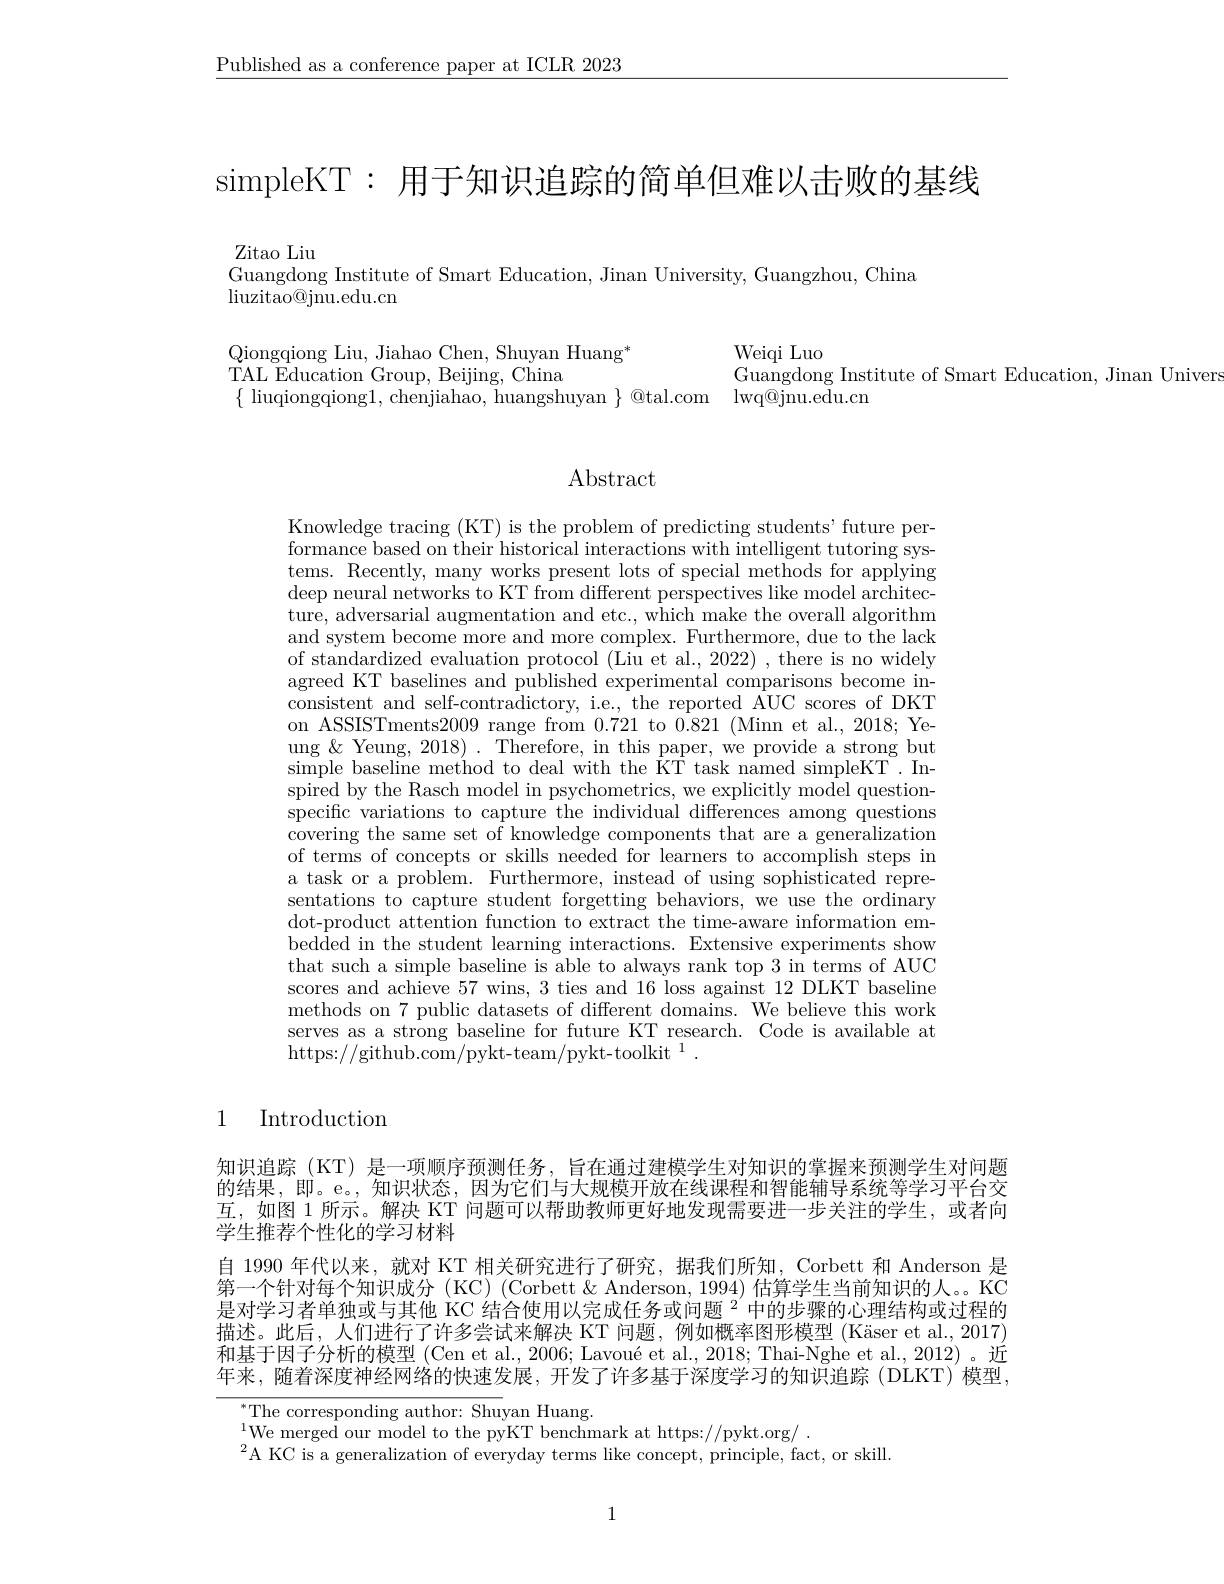
$\underline{\text{Published as a conference paper at ICLR 2023}}$

simpleKT: 用于知识追踪的简单但难以击败的基线

Zitao Liu
Guangdong Institute of Smart Education, Jinan University, Guangzhou, China
liuzitao@ jnu. edu. cn

Qiongqiong Liu, Jiahao Chen, Shuyan Huang*
Weiqi Luo
TALEducation Group, Beijing, China
Guangdong Institute of Smart Education, Jinan Univera
$\{$ liuqiongqiong1, chenjiahao, huangshuyan $\}$ @tal.com lwq@jnu.edu.cn

Abstract

Knowledge tracing (KT) is the problem of predicting students' future performance based on their historical interactions with intelligent tutoring systems. Recently, many works present lots of special methods for applying deep neural networks to KT from different perspectives like model architecture, adversarial augmentation and etc., which make the overall algorithm and system become more and more complex. Furthermore, due to the lack of standardized evaluation protocol (Liu et al., 2022) , there is no widely agreed KT baselines and published experimental comparisons become inconsistent and self-contradictory, i.e., the reported AUC scores of DKT on ASSISTments2009 range from 0.721 to 0.821 (Minn et al., 2018; Yeung $\&$ Yeung, 2018). Therefore, in this paper, we provide a strong but simple baseline method to deal with the KT task named simpleKT . In- $\bar{\text{spired by the Rasch model in psychometrics, we explicitly model question-}}$ specific variations to capture the individual differences among questions covering the same set of knowledge components that are a generalization of terms of concepts or skills needed for learners to accomplish steps in a task or a problem. Furthermore, instead of using sophisticated representations to capture student forgetting behaviors, we use the ordinary dot-product attention function to extract the time-aware information embedded in the student learning interactions. Extensive experiments show that such a simple baseline is able to always rank top 3 in terms of AUC scores and achieve 57 wins, 3 ties and 16 loss against 12 DLKT baseline methods on 7 public datasets of different domains. We believe this work serves as a strong baseline for future KT research. Code is available at https://github.com/pykt-team/pykt-toolkit$^1.$

1 Introduction

知识追踪 (KT) 是一项顺序预测任务，旨在通过建模学生对知识的掌握来预测学生对问题的结果，即。e。, 知识状态，因为它们与大规模开放在线课程和智能辅导系统等学习平台交互，如图 1 所示。解决 KT 问题可以帮助教师更好地发现需要进一步关注的学生，或者向学生推荐个性化的学习材料
自 1990 年代以来，就对 KT 相关研究进行了研究，据我们所知，Corbett 和 Anderson 是第一个针对每个知识成分(KC)(Corbett & Anderson, 1994) 估算学生当前知识的人。。KC 是对学习者单独或与其他 KC 结合使用以完成任务或问题$^{2}$中的步骤的心理结构或过程的描述。此后，人们进行了许多尝试来解决 KT 问题，例如概率图形模型 (Käser et al.,2017) 和基于因子分析的模型 (Cen et al., 2006; Lavoué et al., 2018; Thai-Nghe et al., 2012)。近年来，随着深度神经网络的快速发展，开发了许多基于深度学习的知识追踪(DLKT)模型，

$^*$The corresponding author: Shuyan Huang.
$^{1}$We merged our model to the pyKT benchmark at https://pykt.org/ .
$^{2}$A KC is a generalization of everyday terms like concept, principle, fact, or skill.

1